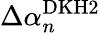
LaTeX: \Delta\alpha_{n}^{\mathrm{DKH2}}